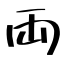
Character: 両